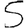
Digit: 5